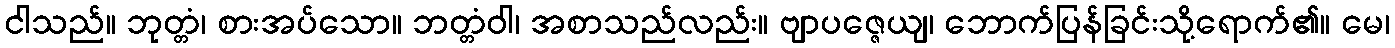
ငါသည်။ ဘုတ္တံ၊ စားအပ်သော။ ဘတ္တံဝါ၊ အစာသည်လည်း။ ဗျာပဇ္ဇေယျ၊ ဘောက်ပြန်ခြင်းသို့ရောက်၏။ မေ၊